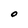
Character: O